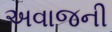
અવાજની